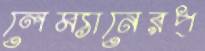
লেম্যানেরপ্